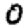
Digit: 0